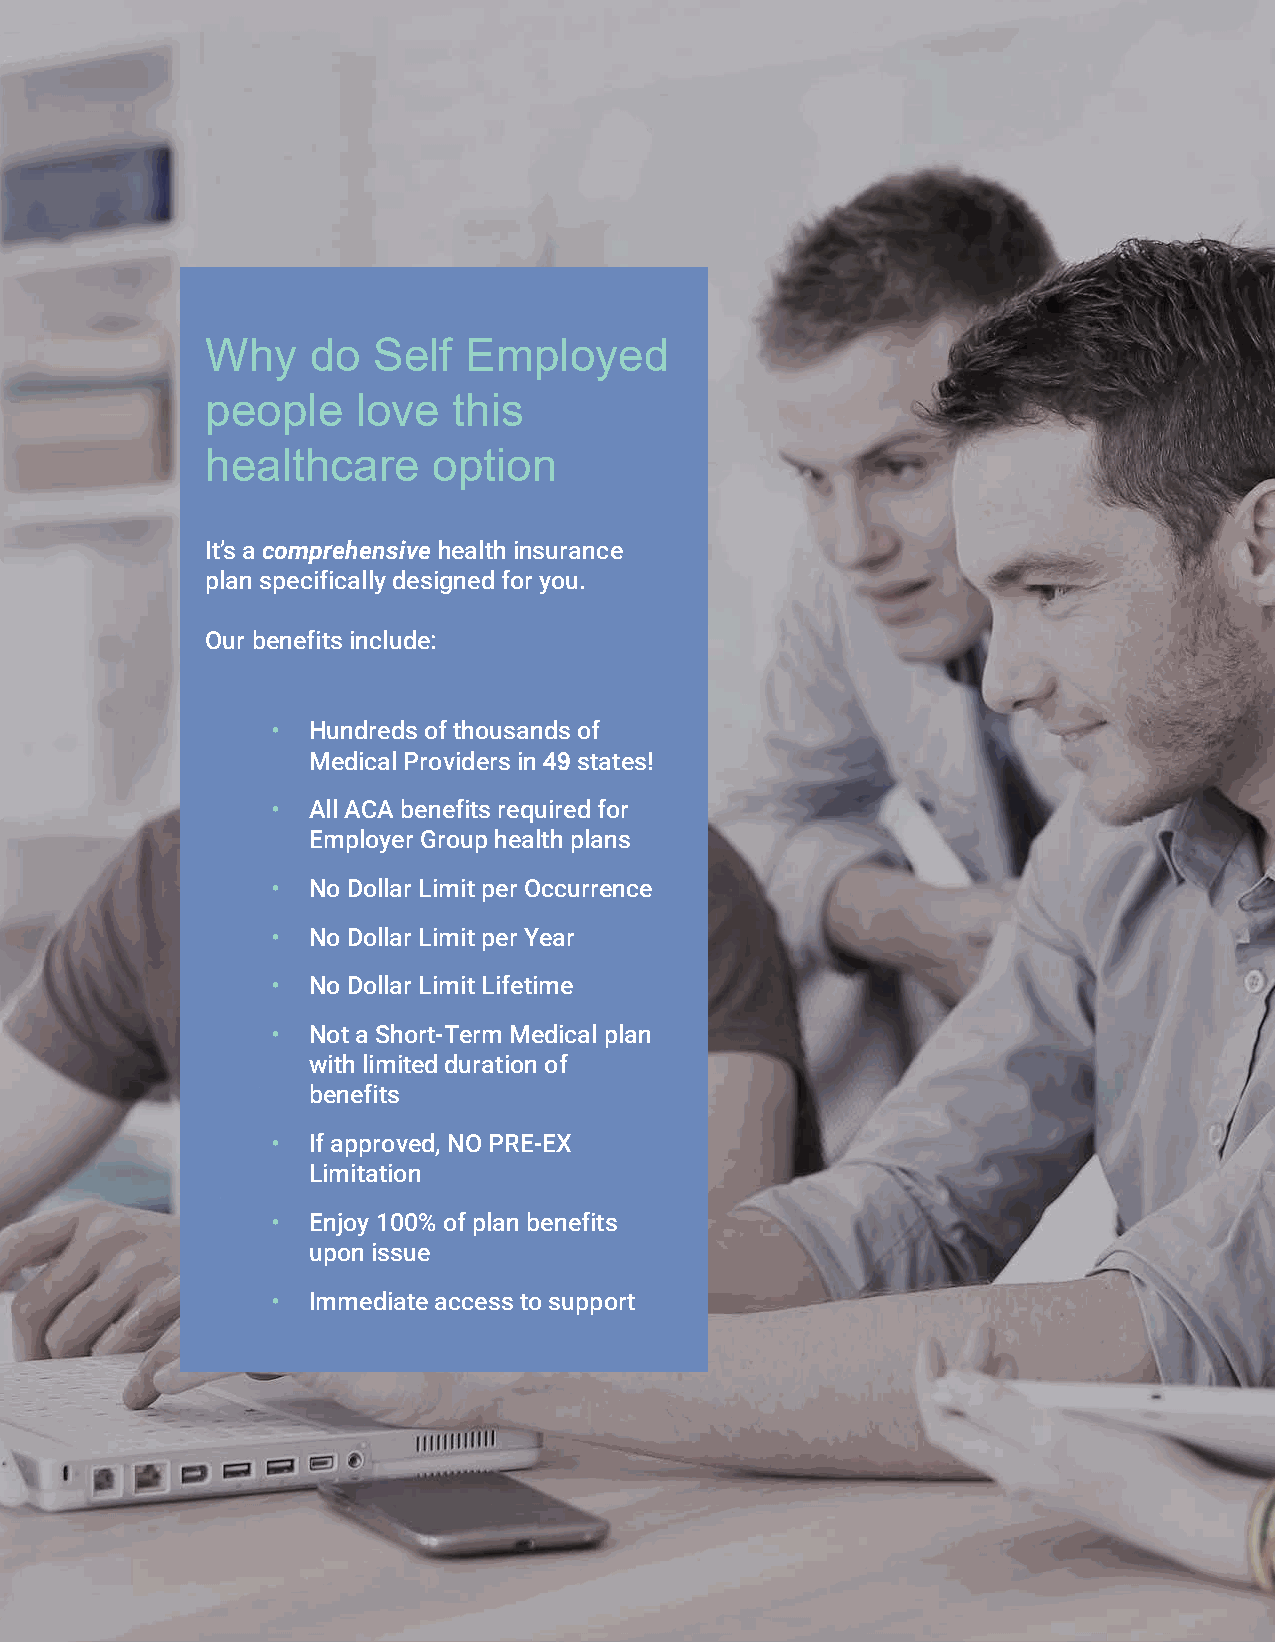
Why    do  Self  Employed
 people    love  this
 healthcare     option?
 It’s a comprehensive health insurance
 plan specifically designed for you.
 Our benefits include:
 • Hundreds of thousands of
 Medical Providers in 49 states!
 • All ACA benefits required for
 Employer Group health plans
 • No Dollar Limit per Occurrence
 • No Dollar Limit per Year
 • No Dollar Limit Lifetime
 • Not a Short-Term Medical plan
 with limited duration of
 benefits
 • If approved, NO PRE-EX
 Limitation
 • Enjoy 100% of plan benefits
 upon issue
 • Immediate access to support